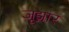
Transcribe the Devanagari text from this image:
जूझार